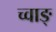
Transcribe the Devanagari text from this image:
च्वाङ्‌